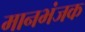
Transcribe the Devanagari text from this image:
मानभंजक